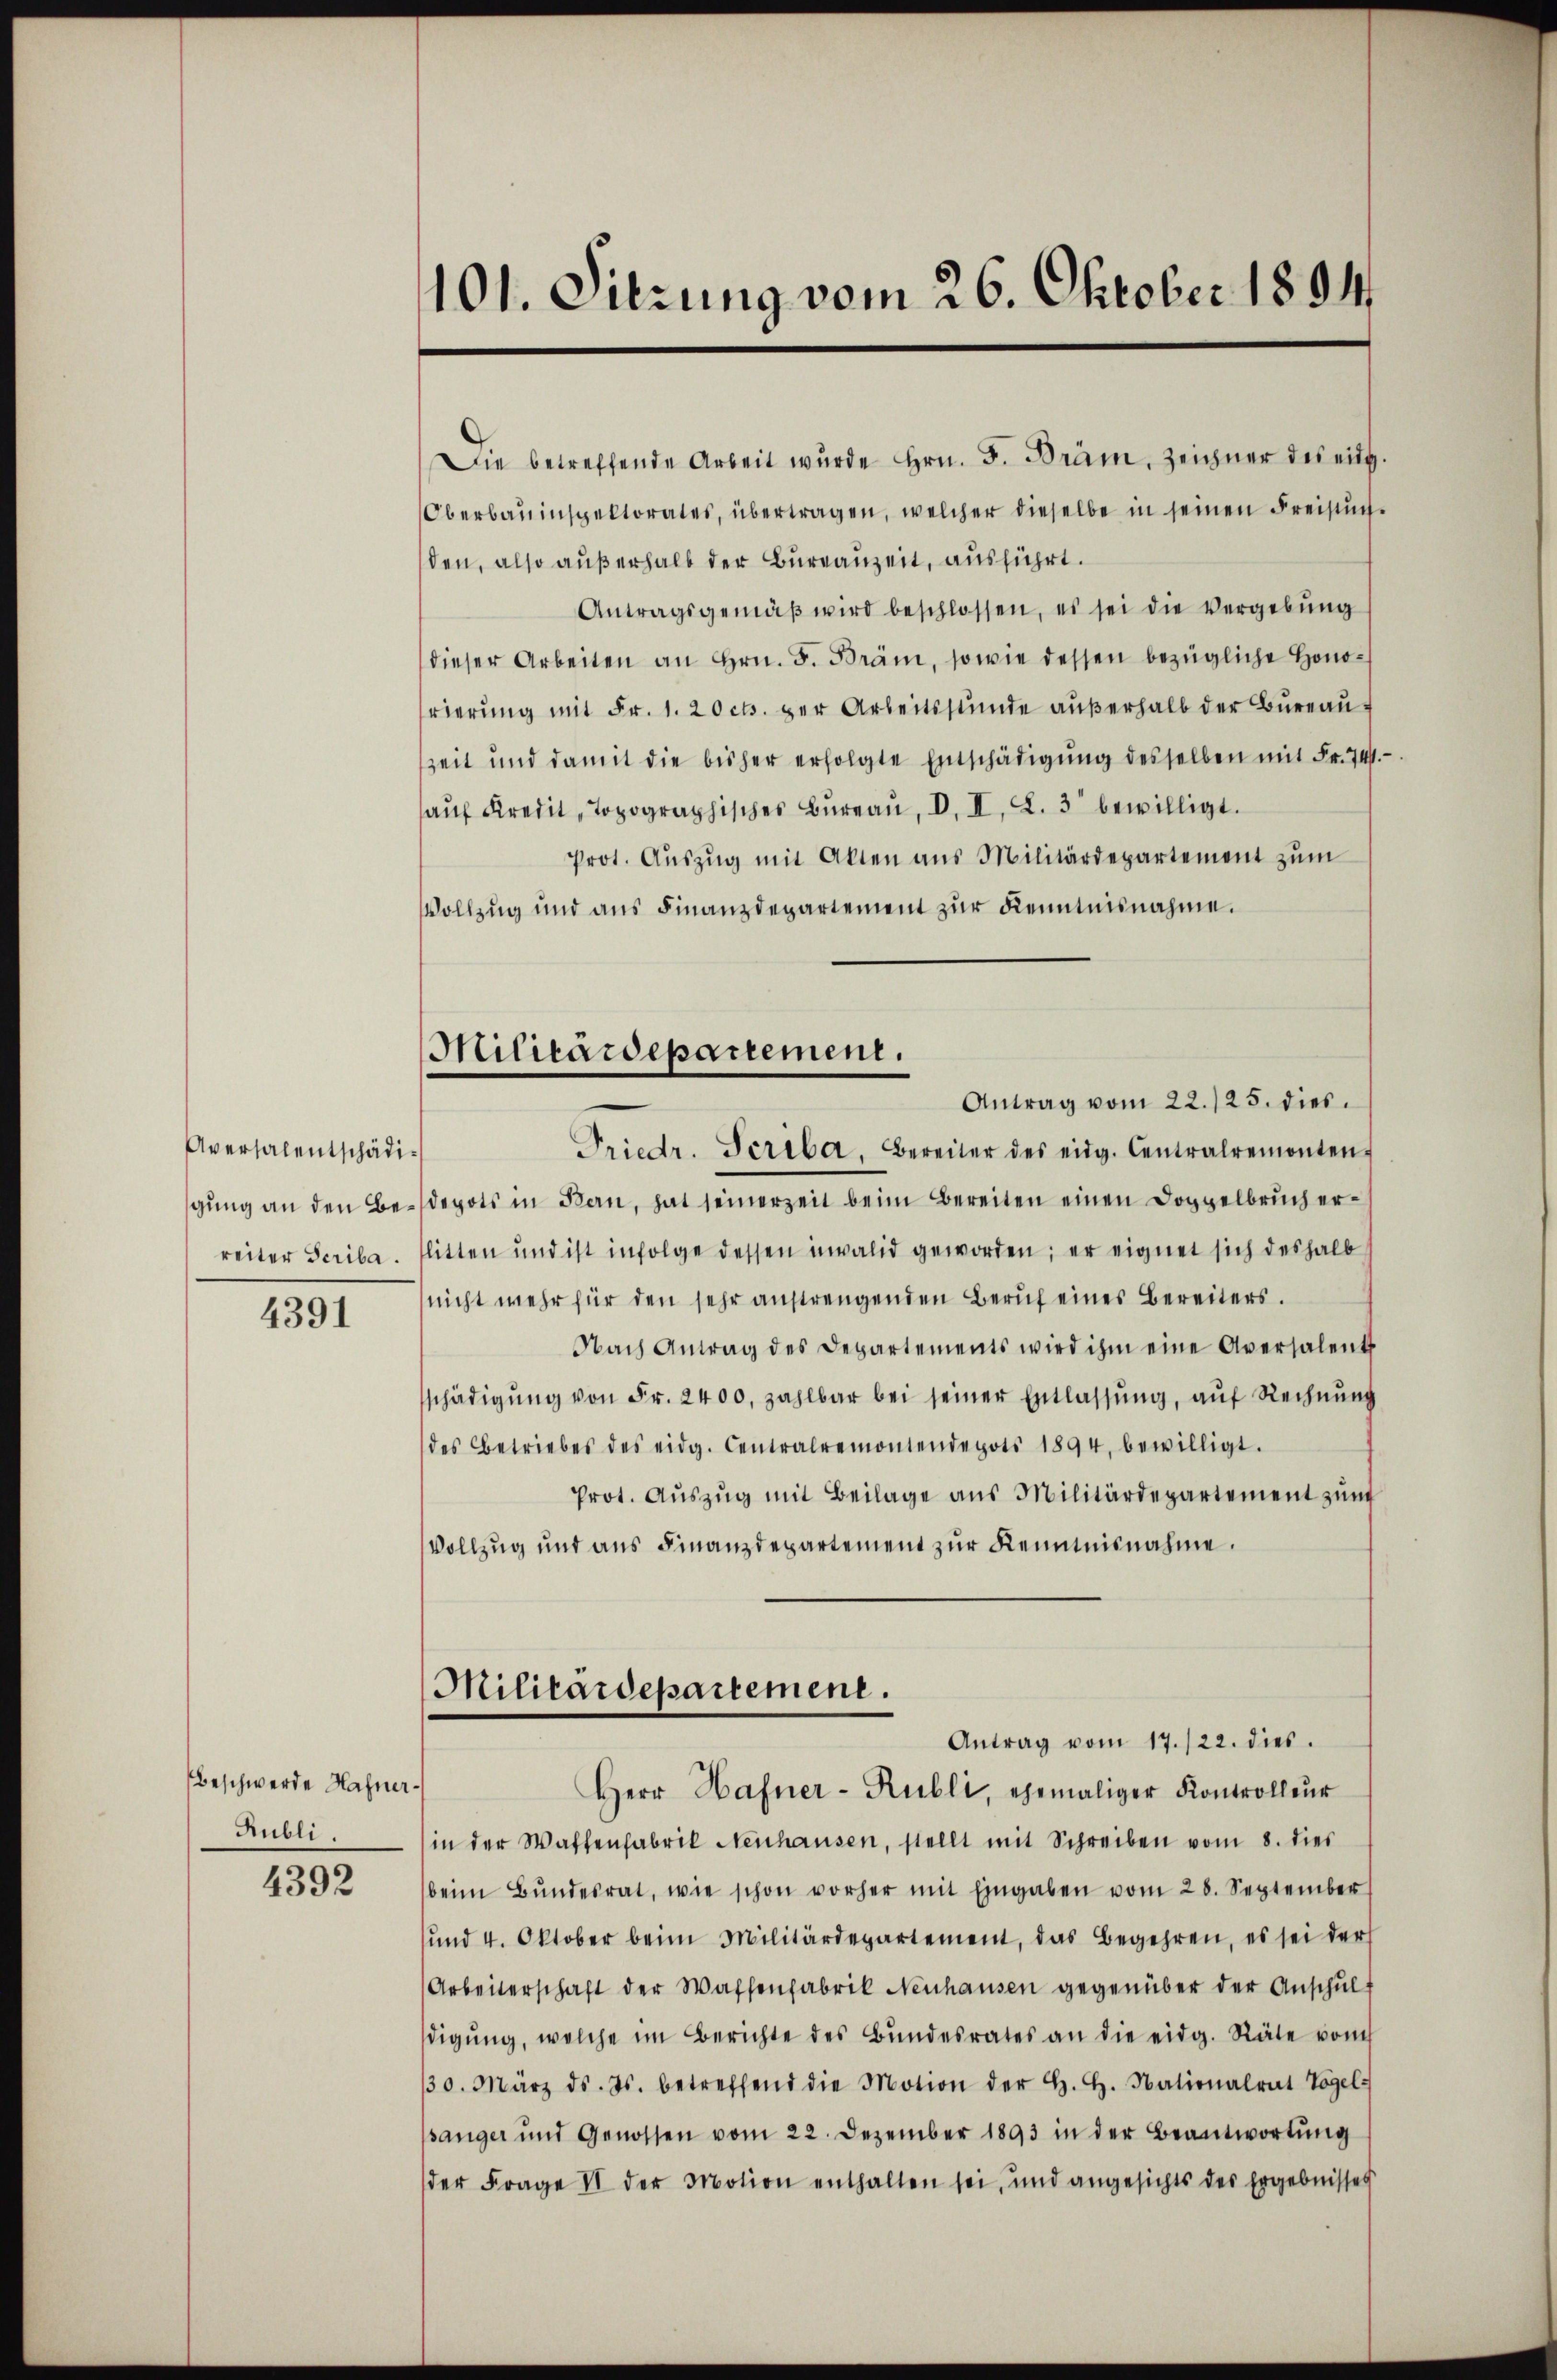
Aversalentschädireiter Seriba.

4391

Beschwerde Hahner¬
Hubli.

4392

101. Sitzung vom 26. Oktober 1804.

Militärdepartement.

Die betreffende Arbeit wurde hrn. F. Bräm, Zeichner des eidg.
Oberbauinspektorates, übertragen, welcher dieselbe in seinen Freistuchden, also außerhalb der Bureauzeit, ausführt.
Antragsgemäβ wird beschlossen, es sei die Vergebung
dieser Arbeiten an Hrn. F. Bräm, sowie dessen bezügliche Hono-
rierung mit Fr. 1. 20 cts. der Arbeitsstunde aŭβerhalb der Bureauf
zeit und damit die bisher erfolgte Entschädigŭng desselben mit Fr. 741.
aŭf Kreisches Braŭ, I. II. L. 3 bewilligt.
prot. Aŭszŭg mit Akten aus Militärdepartement zŭm
Vollzug und aus Finanzdepartement zur Kenntnisnahme.
Antrag vom 22./25. dies
Friedr. Seriba, Bereiter des eidg. Centralremonten
gŭng an den Bedepots in Bern, hat seinerzeit beim Bereiten einen Doppelbruch erlitten und ist infolge dessen invalid geworden; er eignet sich deshalb s
nicht mehr für den sehr anstrengenden Beruf eines Bereiters.
Nach Antrag des Departements wird ihm eine Aversalents
schädigŭng von Fr. 2400. zahlbar bei seiner Entlassŭng, auf Rechnŭng
des Betriebes des eidg. Centralremontendepots 1894. bewilligt.
Prot. Aŭszŭg mit Beilage aus Militärdepartement zun
Vollzug und aus Finanzdepartement zur Kenntnisnahme.
Militärdepartement.
Antrag vom 17./22. dies
Herr Hafner-Rubli, ehemaliger Kontrolleŭr
in der Waffenfabrik Neuhausen, stellt mit Schreiben vom 8. dies
beim Bŭndesrat, wie schon vorher mit Eingaben vom 28. September
ŭnd 4. Oktober beim Militärdepartement, das Begehren, es sei der
Arbeiterschaft der Waffenfabrik Neuhausen gegenüber der Anschul
digŭng, welche im Berichte des Bŭndesrates an die eidg. Räte vom
30. März d. Js. betreffend die Motion der H. H. Nationalrat Vogels
sänger und Genossen vom 22. Dezember 1893 in der Beantwortŭng
der Frage II der Motion enthalten sei, und angesichts des Ergebnisses